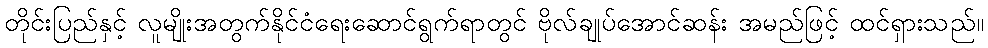
တိုင်းပြည်နှင့် လူမျိုးအတွက်နိုင်ငံရေးဆောင်ရွက်ရာတွင် ဗိုလ်ချုပ်အောင်ဆန်း အမည်ဖြင့် ထင်ရှားသည်။